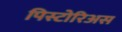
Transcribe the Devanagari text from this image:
पिस्टोरिअस